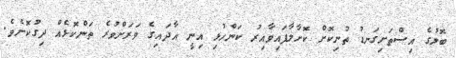
ބޮލުގެ އިސްތަށިގަނޑު ތުނިކޮށް ކޮށާލާފައިވާއިރު ކަންހުޅި އިނީ އާދައިގެ ވަރަށްވުރެ ތަންކޮޅެއް ދިގުކޮށެވެ.